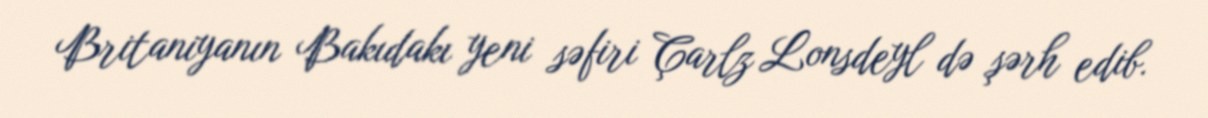
Britaniyanın Bakıdakı yeni səfiri Çarlz Lonsdeyl də şərh edib.